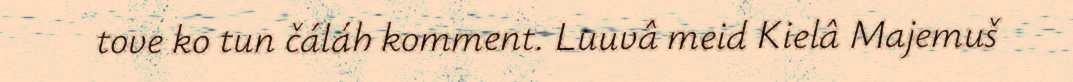
tove ko tun čáláh komment. Luuvâ meid Kielâ Majemuš